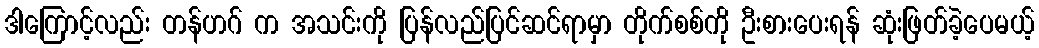
ဒါကြောင့်လည်း တန်ဟဂ် က အသင်းကို ပြန်လည်ပြင်ဆင်ရာမှာ တိုက်စစ်ကို ဦးစားပေးရန် ဆုံးဖြတ်ခဲ့ပေမယ့်